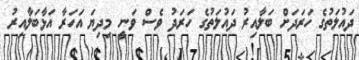
ދައުލަތުގެ ހަރަދަށް ބަލާއިރު ދައުލަތުގެ ހަރަދު ވެސް ވަނީ މިދިޔަ އަހަރާ އަޅާބަލާއިރު